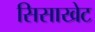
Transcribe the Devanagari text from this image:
सिसाखेट